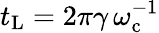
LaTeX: t_{\mathrm{L}}=2\pi\gamma\, \omega_{\mathrm{c}}^{-1}